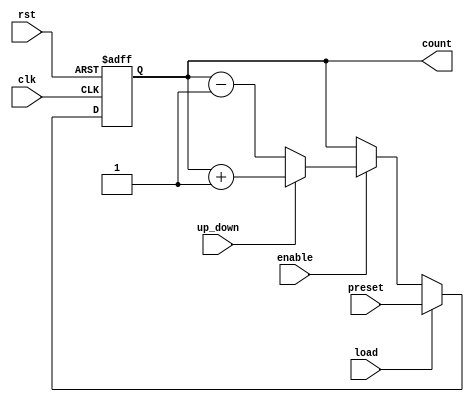
module SynchronousLoadCounter (
    input wire clk,            // Clock signal
    input wire rst,            // Active-high reset signal
    input wire load,           // Active-high load signal
    input wire [N-1:0] preset, // Preset value to load into counter
    input wire enable,         // Count enable signal
    input wire up_down,        // Direction control: 1 for up, 0 for down
    output reg [N-1:0] count   // Current counter value
);
    parameter N = 8; // Number of bits in the counter

    always @(posedge clk or posedge rst) begin
        if (rst) begin
            count <= 0; // Reset the counter to zero
        end else if (load) begin
            count <= preset; // Load the preset value into the counter
        end else if (enable) begin
            if (up_down) begin
                count <= count + 1; // Increment the counter
            end else begin
                count <= count - 1; // Decrement the counter
            end
        end
    end
endmodule